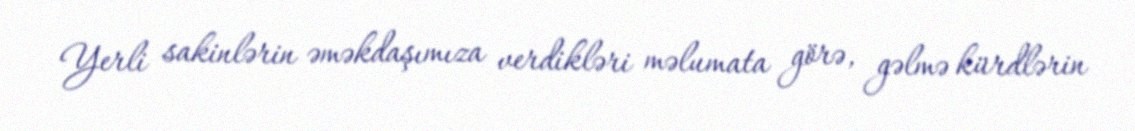
Yerli sakinlərin əməkdaşımıza verdikləri məlumata görə, gəlmə kürdlərin